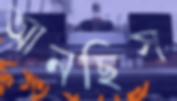
আনছিস